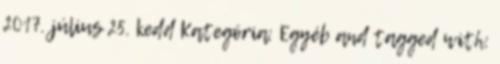
2017. július 25. kedd Kategória: Egyéb and tagged with: